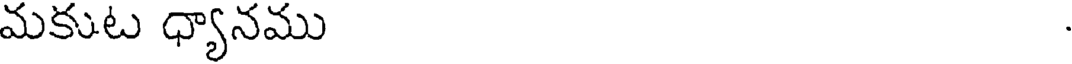
మకుట ధ్యానము